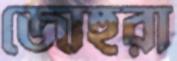
জোহুরা